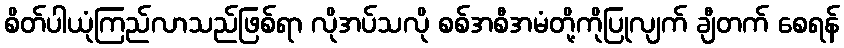
စိတ်ပါယုံကြည်လာသည်ဖြစ်ရာ လိုအပ်သလို စစ်အစီအမံတို့ကိုပြုလျက် ချီတက် စေရန်